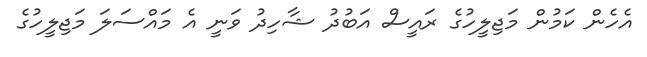
އެހެން ކަމުން މަޖިލީހުގެ ރައީސް އަބުދު ޝާހިދު ވަނީ އެ މައްސަލަ މަޖިލީހުގެ